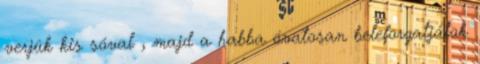
verjük kis sóval , majd a habba óvatosan beleforgatjátok